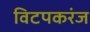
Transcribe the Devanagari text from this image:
विटपकरंज